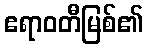
ဧရာဝတီမြစ်၏